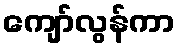
ကျော်လွန်ကာ